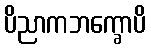
ပိညာကဘက္ခောပိ